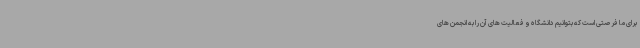
برای ما فرصتی است که بتوانیم دانشگاه و فعالیت های آن را به انجمن های